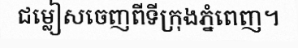
ជម្លៀសចេញពីទីក្រុងភ្នំពេញ។